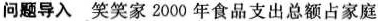
问题导入 笑笑家2000年食品支出总额占家庭